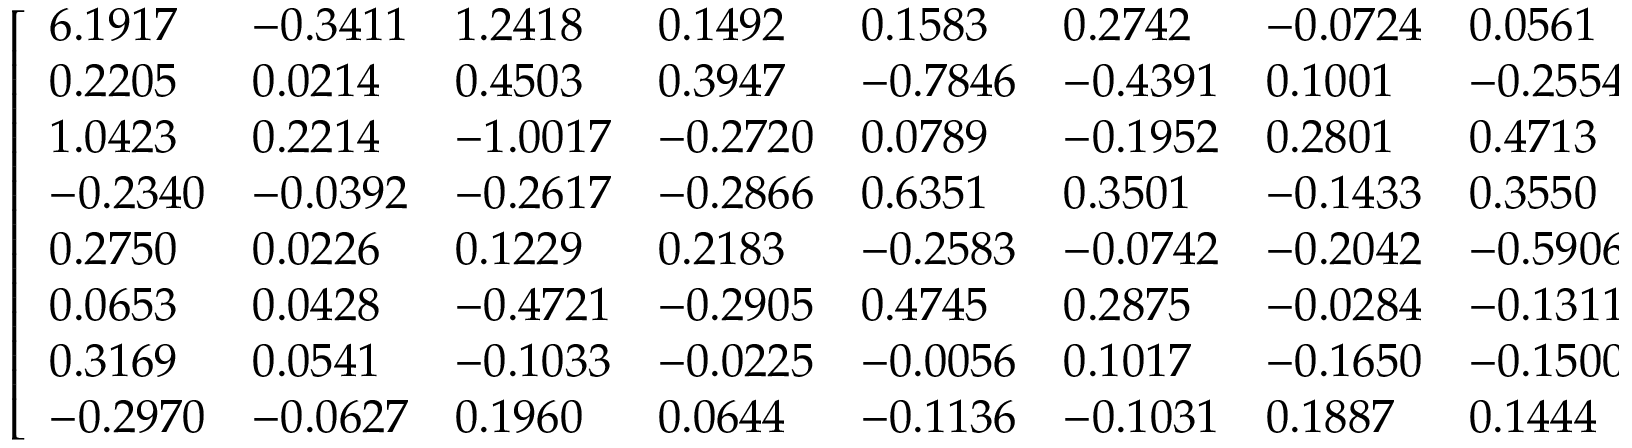
\left[ \begin{array} { l l l l l l l l } { 6 . 1 9 1 7 } & { - 0 . 3 4 1 1 } & { 1 . 2 4 1 8 } & { 0 . 1 4 9 2 } & { 0 . 1 5 8 3 } & { 0 . 2 7 4 2 } & { - 0 . 0 7 2 4 } & { 0 . 0 5 6 1 } \\ { 0 . 2 2 0 5 } & { 0 . 0 2 1 4 } & { 0 . 4 5 0 3 } & { 0 . 3 9 4 7 } & { - 0 . 7 8 4 6 } & { - 0 . 4 3 9 1 } & { 0 . 1 0 0 1 } & { - 0 . 2 5 5 4 } \\ { 1 . 0 4 2 3 } & { 0 . 2 2 1 4 } & { - 1 . 0 0 1 7 } & { - 0 . 2 7 2 0 } & { 0 . 0 7 8 9 } & { - 0 . 1 9 5 2 } & { 0 . 2 8 0 1 } & { 0 . 4 7 1 3 } \\ { - 0 . 2 3 4 0 } & { - 0 . 0 3 9 2 } & { - 0 . 2 6 1 7 } & { - 0 . 2 8 6 6 } & { 0 . 6 3 5 1 } & { 0 . 3 5 0 1 } & { - 0 . 1 4 3 3 } & { 0 . 3 5 5 0 } \\ { 0 . 2 7 5 0 } & { 0 . 0 2 2 6 } & { 0 . 1 2 2 9 } & { 0 . 2 1 8 3 } & { - 0 . 2 5 8 3 } & { - 0 . 0 7 4 2 } & { - 0 . 2 0 4 2 } & { - 0 . 5 9 0 6 } \\ { 0 . 0 6 5 3 } & { 0 . 0 4 2 8 } & { - 0 . 4 7 2 1 } & { - 0 . 2 9 0 5 } & { 0 . 4 7 4 5 } & { 0 . 2 8 7 5 } & { - 0 . 0 2 8 4 } & { - 0 . 1 3 1 1 } \\ { 0 . 3 1 6 9 } & { 0 . 0 5 4 1 } & { - 0 . 1 0 3 3 } & { - 0 . 0 2 2 5 } & { - 0 . 0 0 5 6 } & { 0 . 1 0 1 7 } & { - 0 . 1 6 5 0 } & { - 0 . 1 5 0 0 } \\ { - 0 . 2 9 7 0 } & { - 0 . 0 6 2 7 } & { 0 . 1 9 6 0 } & { 0 . 0 6 4 4 } & { - 0 . 1 1 3 6 } & { - 0 . 1 0 3 1 } & { 0 . 1 8 8 7 } & { 0 . 1 4 4 4 } \end{array} \right]